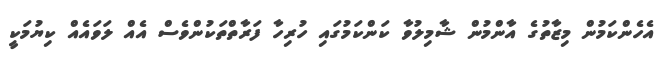
އެހެންކަމުން މިޒާތުގެ އާންމުން ޝާމިލުވާ ކަންކަމުގައި ހުރިހާ ފަރާތްތަކުންވެސް އެއް ލަވައެއް ކިޔުމަކީ